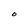
Character: O